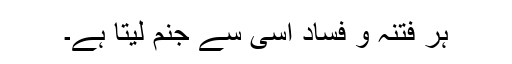
ہر فتنہ و فساد اسی سے جنم لیتا ہے۔